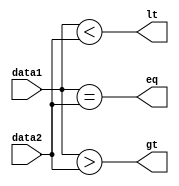
module COMPARE(lt,gt,eq,data1,data2);

input [15:0]data1,data2;
output lt,gt,eq;
assign lt= data1<data2;
assign gt= data1>data2;
assign eq=data1==data2 ; 


endmodule